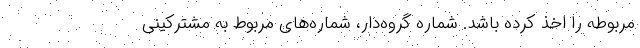
مربوطه را اخذ کرده باشد. شماره گروه‌دار، شماره‌های مربوط به مشترکینی